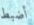
أضبط